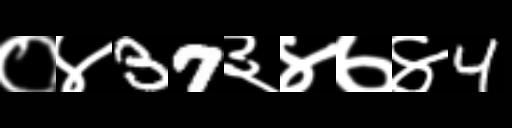
Text: ०४37३४७४4